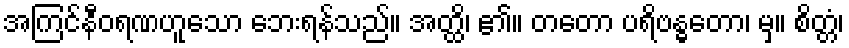
အကြင်နီဝရဏဟူသော ဘေးရန်သည်။ အတ္ထိ၊ ၏။ တတော ပရိဗန္ဓတော၊ မှ။ စိတ္တံ၊